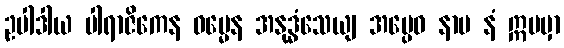
ဥပါဒါယ ပါရာဇိကေန ဓမ္မေန အနုဒ္ဓံသေယျ အပ္ပေဝ နာမ နံ ဣမမှာ